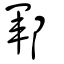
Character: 鄆